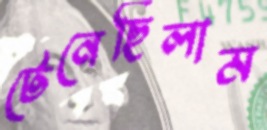
টেনেছিলাম